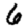
Digit: 6